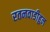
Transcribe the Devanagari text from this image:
रतनवाडीहुन